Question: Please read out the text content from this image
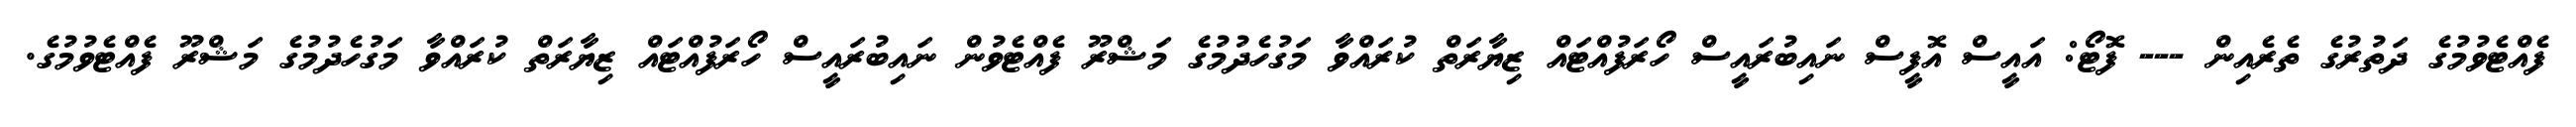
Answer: ފެއްޓެވުމުގެ ދަތުރުގެ ތެރެއިން --- ފޮޓޯ: އައީސް އޮފީސް ނައިބުރައީސް ހޯރަފުއްޓައް ޒިޔާރަތް ކުރައްވާ މަގުހެދުމުގެ މަޝްރޫ ފެއްޓެވުން ނައިބުރައީސް ހޯރަފުއްޓައް ޒިޔާރަތް ކުރައްވާ މަގުހެދުމުގެ މަޝްރޫ ފެއްޓެވުމުގެ.